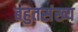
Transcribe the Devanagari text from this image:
बहुतसंख्य